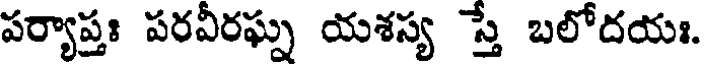
పర్యాప్తః పరవీరఘ్న యశస్య స్తే బలోదయః.